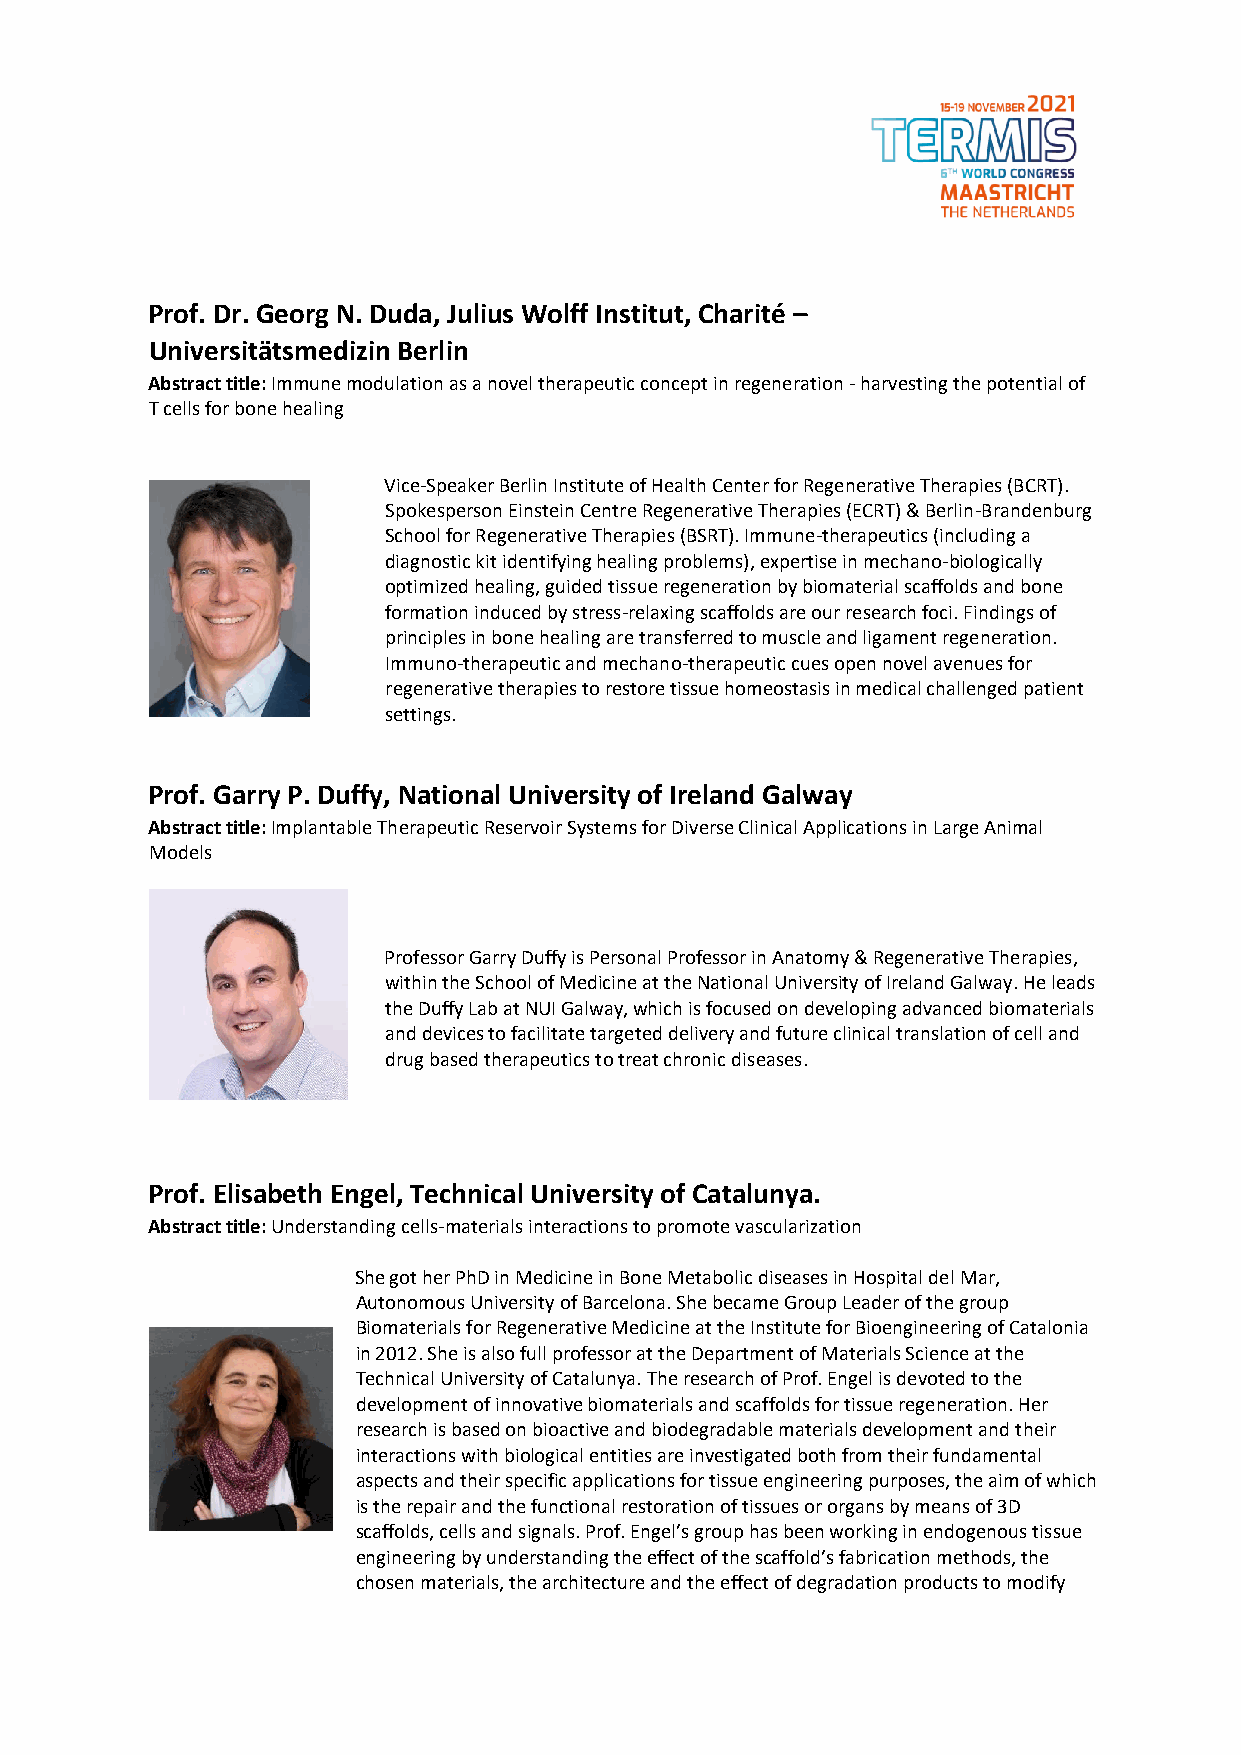
Prof. Dr. Georg N. Duda, Julius Wolff Institut, Charité –
 Universitätsmedizin Berlin
 Abstract title: Immune modulation as a novel therapeutic concept in regeneration - harvesting the potential of
 T cells for bone healing
 Vice-Speaker Berlin Institute of Health Center for Regenerative Therapies (BCRT).
 Spokesperson Einstein Centre Regenerative Therapies (ECRT) & Berlin-Brandenburg
 School for Regenerative Therapies (BSRT). Immune-therapeutics (including a
 diagnostic kit identifying healing problems), expertise in mechano-biologically
 optimized healing, guided tissue regeneration by biomaterial scaffolds and bone
 formation induced by stress-relaxing scaffolds are our research foci. Findings of
 principles in bone healing are transferred to muscle and ligament regeneration.
 Immuno-therapeutic and mechano-therapeutic cues open novel avenues for
 regenerative therapies to restore tissue homeostasis in medical challenged patient
 settings.
 Prof. Garry P. Duffy, National University of Ireland Galway
 Abstract title: Implantable Therapeutic Reservoir Systems for Diverse Clinical Applications in Large Animal
 Models
 Professor Garry Duffy is Personal Professor in Anatomy & Regenerative Therapies,
 within the School of Medicine at the National University of Ireland Galway. He leads
 the Duffy Lab at NUI Galway, which is focused on developing advanced biomaterials
 and devices to facilitate targeted delivery and future clinical translation of cell and
 drug based therapeutics to treat chronic diseases.
 Prof. Elisabeth Engel, Technical University of Catalunya.
 Abstract title: Understanding cells-materials interactions to promote vascularization
 She got her PhD in Medicine in Bone Metabolic diseases in Hospital del Mar,
 Autonomous University of Barcelona. She became Group Leader of the group
 Biomaterials for Regenerative Medicine at the Institute for Bioengineering of Catalonia
 in 2012. She is also full professor at the Department of Materials Science at the
 Technical University of Catalunya. The research of Prof. Engel is devoted to the
 development of innovative biomaterials and scaffolds for tissue regeneration. Her
 research is based on bioactive and biodegradable materials development and their
 interactions with biological entities are investigated both from their fundamental
 aspects and their specific applications for tissue engineering purposes, the aim of which
 is the repair and the functional restoration of tissues or organs by means of 3D
 scaffolds, cells and signals. Prof. Engel’s group has been working in endogenous tissue
 engineering by understanding the effect of the scaffold’s fabrication methods, the
 chosen materials, the architecture and the effect of degradation products to modify